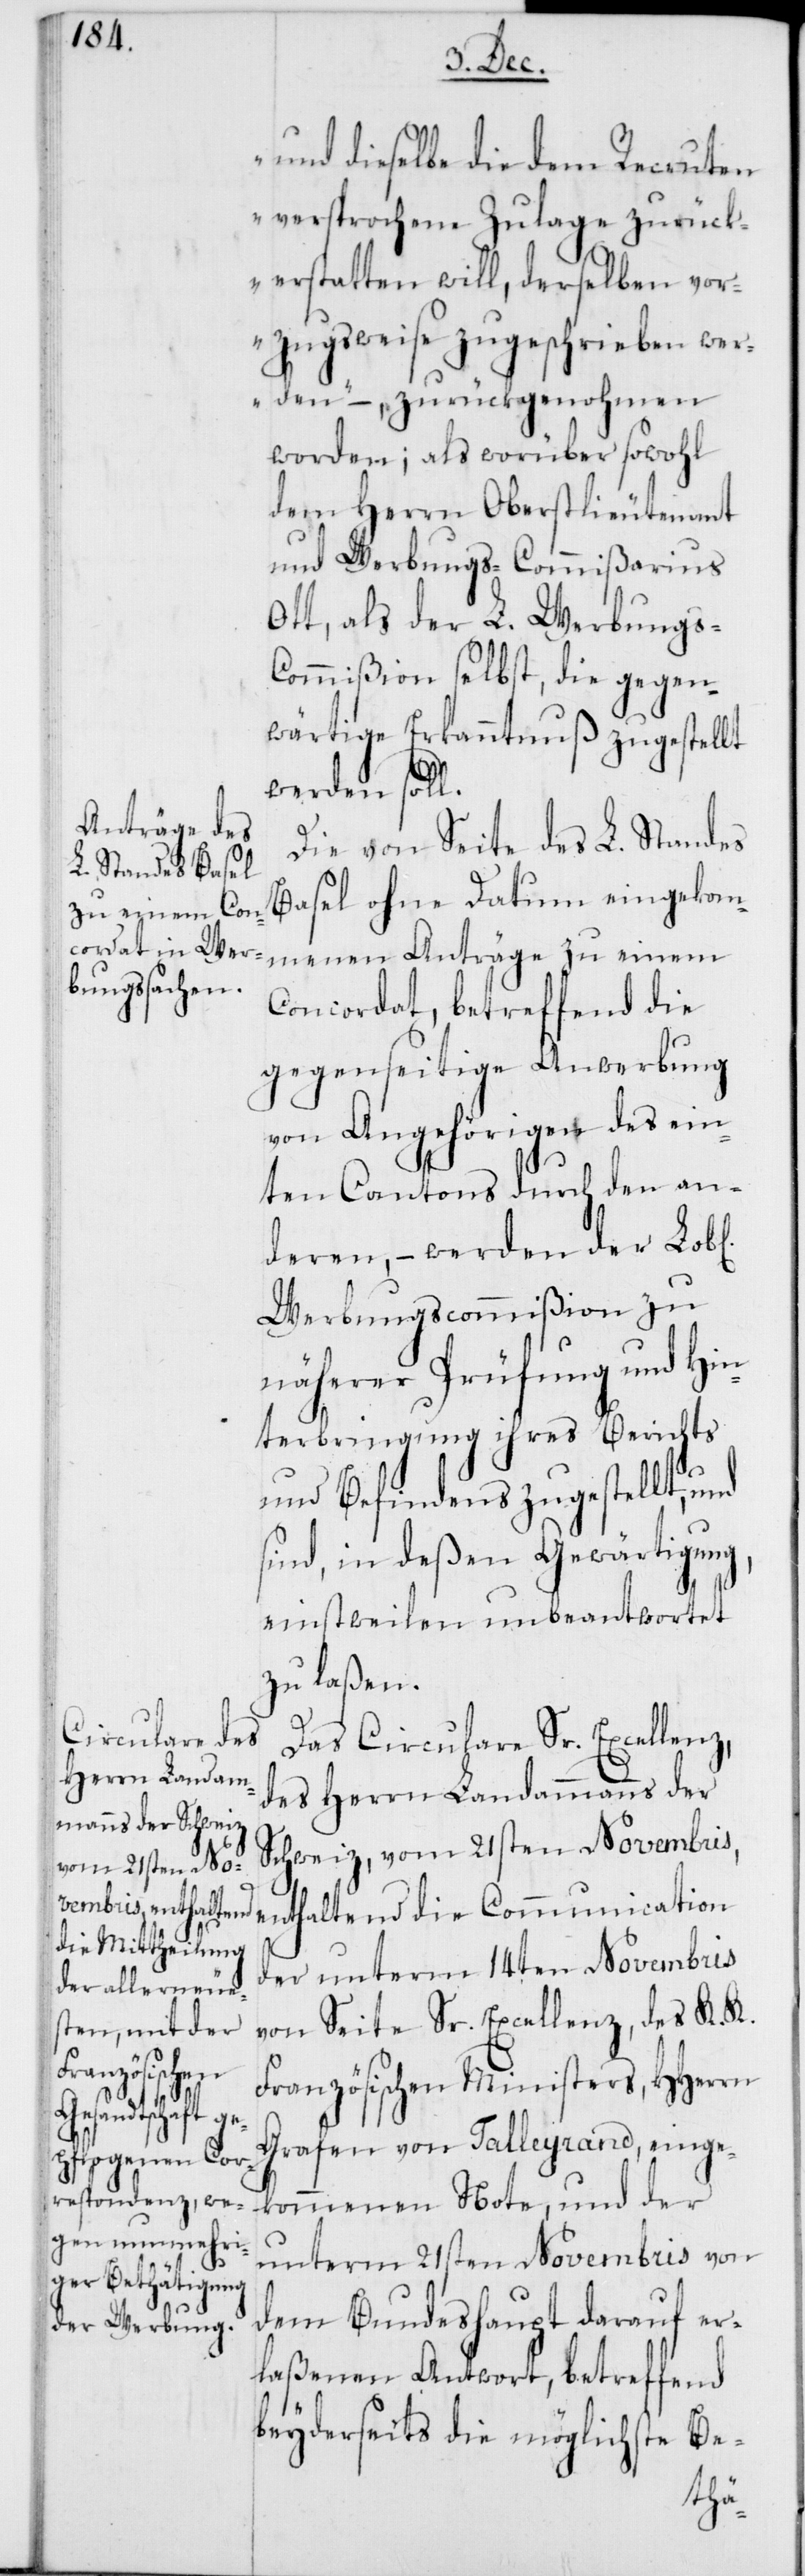
bl[ichen]

und dieselbe die dem Recruten
versprochene Zulage zurück¬
erstatten will, derselben vor¬
zugsweise zugeschrieben wer¬
den“ –, zurückgenohmen
worden; als worüber sowohl
dem Herrn Oberstlieutenant
und Werbungs-Commißarius
Ott, als der L. Werbungs-C¬
ommißion selbst, die gegen¬
wärtige Erkanntnuß zugestellt
werden soll.
Die von Seite des L. Standes
Basel ohne Datum eingekom¬
menen Anträge zu einem
Concordat, betreffend die
gegenseitige Anwerbung
von Angehörigen des ein¬
ten Cantons durch den an¬
deren, – werden der Lo¬
Werbungscommißion zu
näherer Prüfung und Hin¬
terbringung ihres Berichts
und Befindens zugestellt, und
sind, in deßen Gewärtigung,
einstweilen unbeantwortet
zu laßen.
Das Circulare Sr. Excellenz,
des Herrn Landammanns der
Schweiz, vom 21sten Novembris,
enthaltend die Communication
der unterm 14ten Novembris
von Seite Sr. Excellenz, des K. K.
Französischen Ministers, HHerrn
Grafen von Talleyrand, einge¬
kommenen Note, und der
unterm 21sten Novembris von
dem Bundeshaupt darauf er¬
laßenen Antwort, betreffend
beyderseits die möglichste Be-